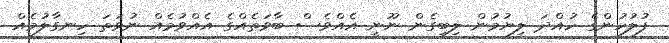
ފުލުހުންގެ ހުއްދަ ލިޔުމުން ލިބިގެން ނޫނީ އެއްވެސް ބާވަތެއްގެ އެއްވުމެއް ނުވަތަ ހިނގާލުމެއް